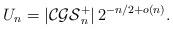
LaTeX: \begin{align*} U_n = |\mathcal{CGS}^+_n| \, 2^{-n/2 + o(n)}.\end{align*}